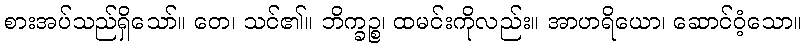
စားအပ်သည်ရှိသော်။ တေ၊ သင်၏။ ဘိက္ခဉ္စ၊ ထမင်းကိုလည်း။ အာဟရိယော၊ ဆောင်ဝံ့သော။